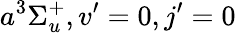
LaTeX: a^{3}\Sigma_{u}^{+},v’=0,j’=0